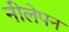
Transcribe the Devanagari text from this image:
नीलेपन